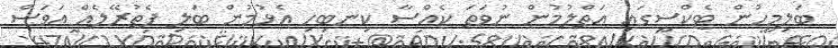
ބަލިމީހުން ޓެކްސީގައި އަތްލުމުން ނުވަތަ ކެއްސާ ކިނބިހި އެޅުމުން ބަލި ފެތުރޭލެއް އަވަސް